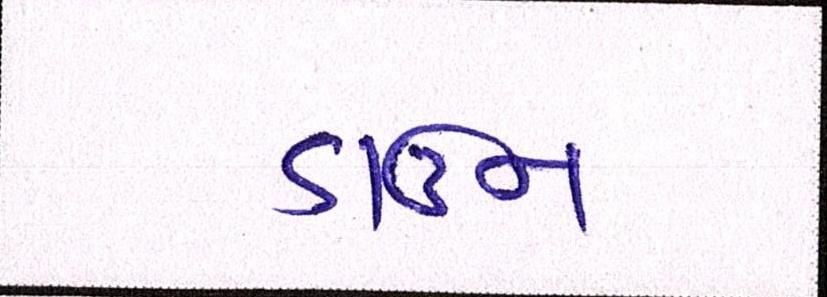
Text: ડાઉન